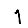
Digit: 1